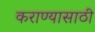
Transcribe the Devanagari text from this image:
कराण्यासाठी